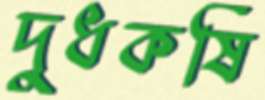
দুধকষি